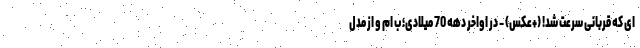
ای که قربانی سرعت شد! (+عکس) - در اواخر دهه 70 میلادی؛ ب ام و از مدل